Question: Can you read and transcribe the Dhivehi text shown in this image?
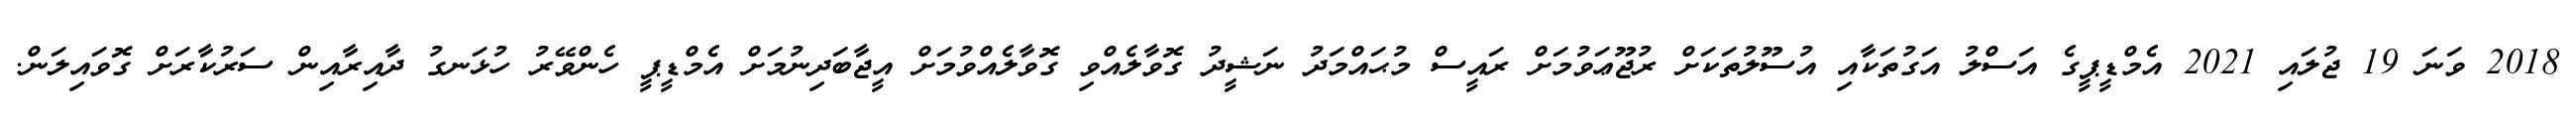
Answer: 2018 ވަނަ 19 ޖުލައި 2021 އެމްޑީޕީގެ އަސްލު އަގުތަކާއި އުސޫލުތަކަށް ރުޖޫޢަވުމަށް ރައީސް މުޙައްމަދު ނަޝީދު ގޮވާލެއްވި ގޮވާލެއްވުމަށް އީޖާބަދިނުމަށް އެމްޑީޕީ ހެންވޭރު ހުޅަނގު ދާއިރާއިން ސަރުކާރަށް ގޮވައިލަން.